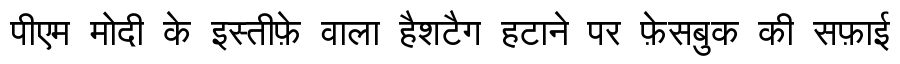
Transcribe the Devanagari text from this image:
पीएम मोदी के इस्तीफ़े वाला हैशटैग हटाने पर फ़ेसबुक की सफ़ाई